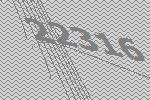
22316